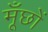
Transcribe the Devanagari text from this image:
मूँछों